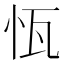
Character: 𱞈